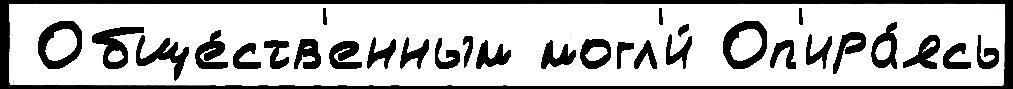
 Обще́ств'енным могл'и́ Оп'ира́ясь